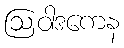
ဩဝါဒကေန